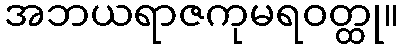
အဘယရာဇကုမရဝတ္ထု။